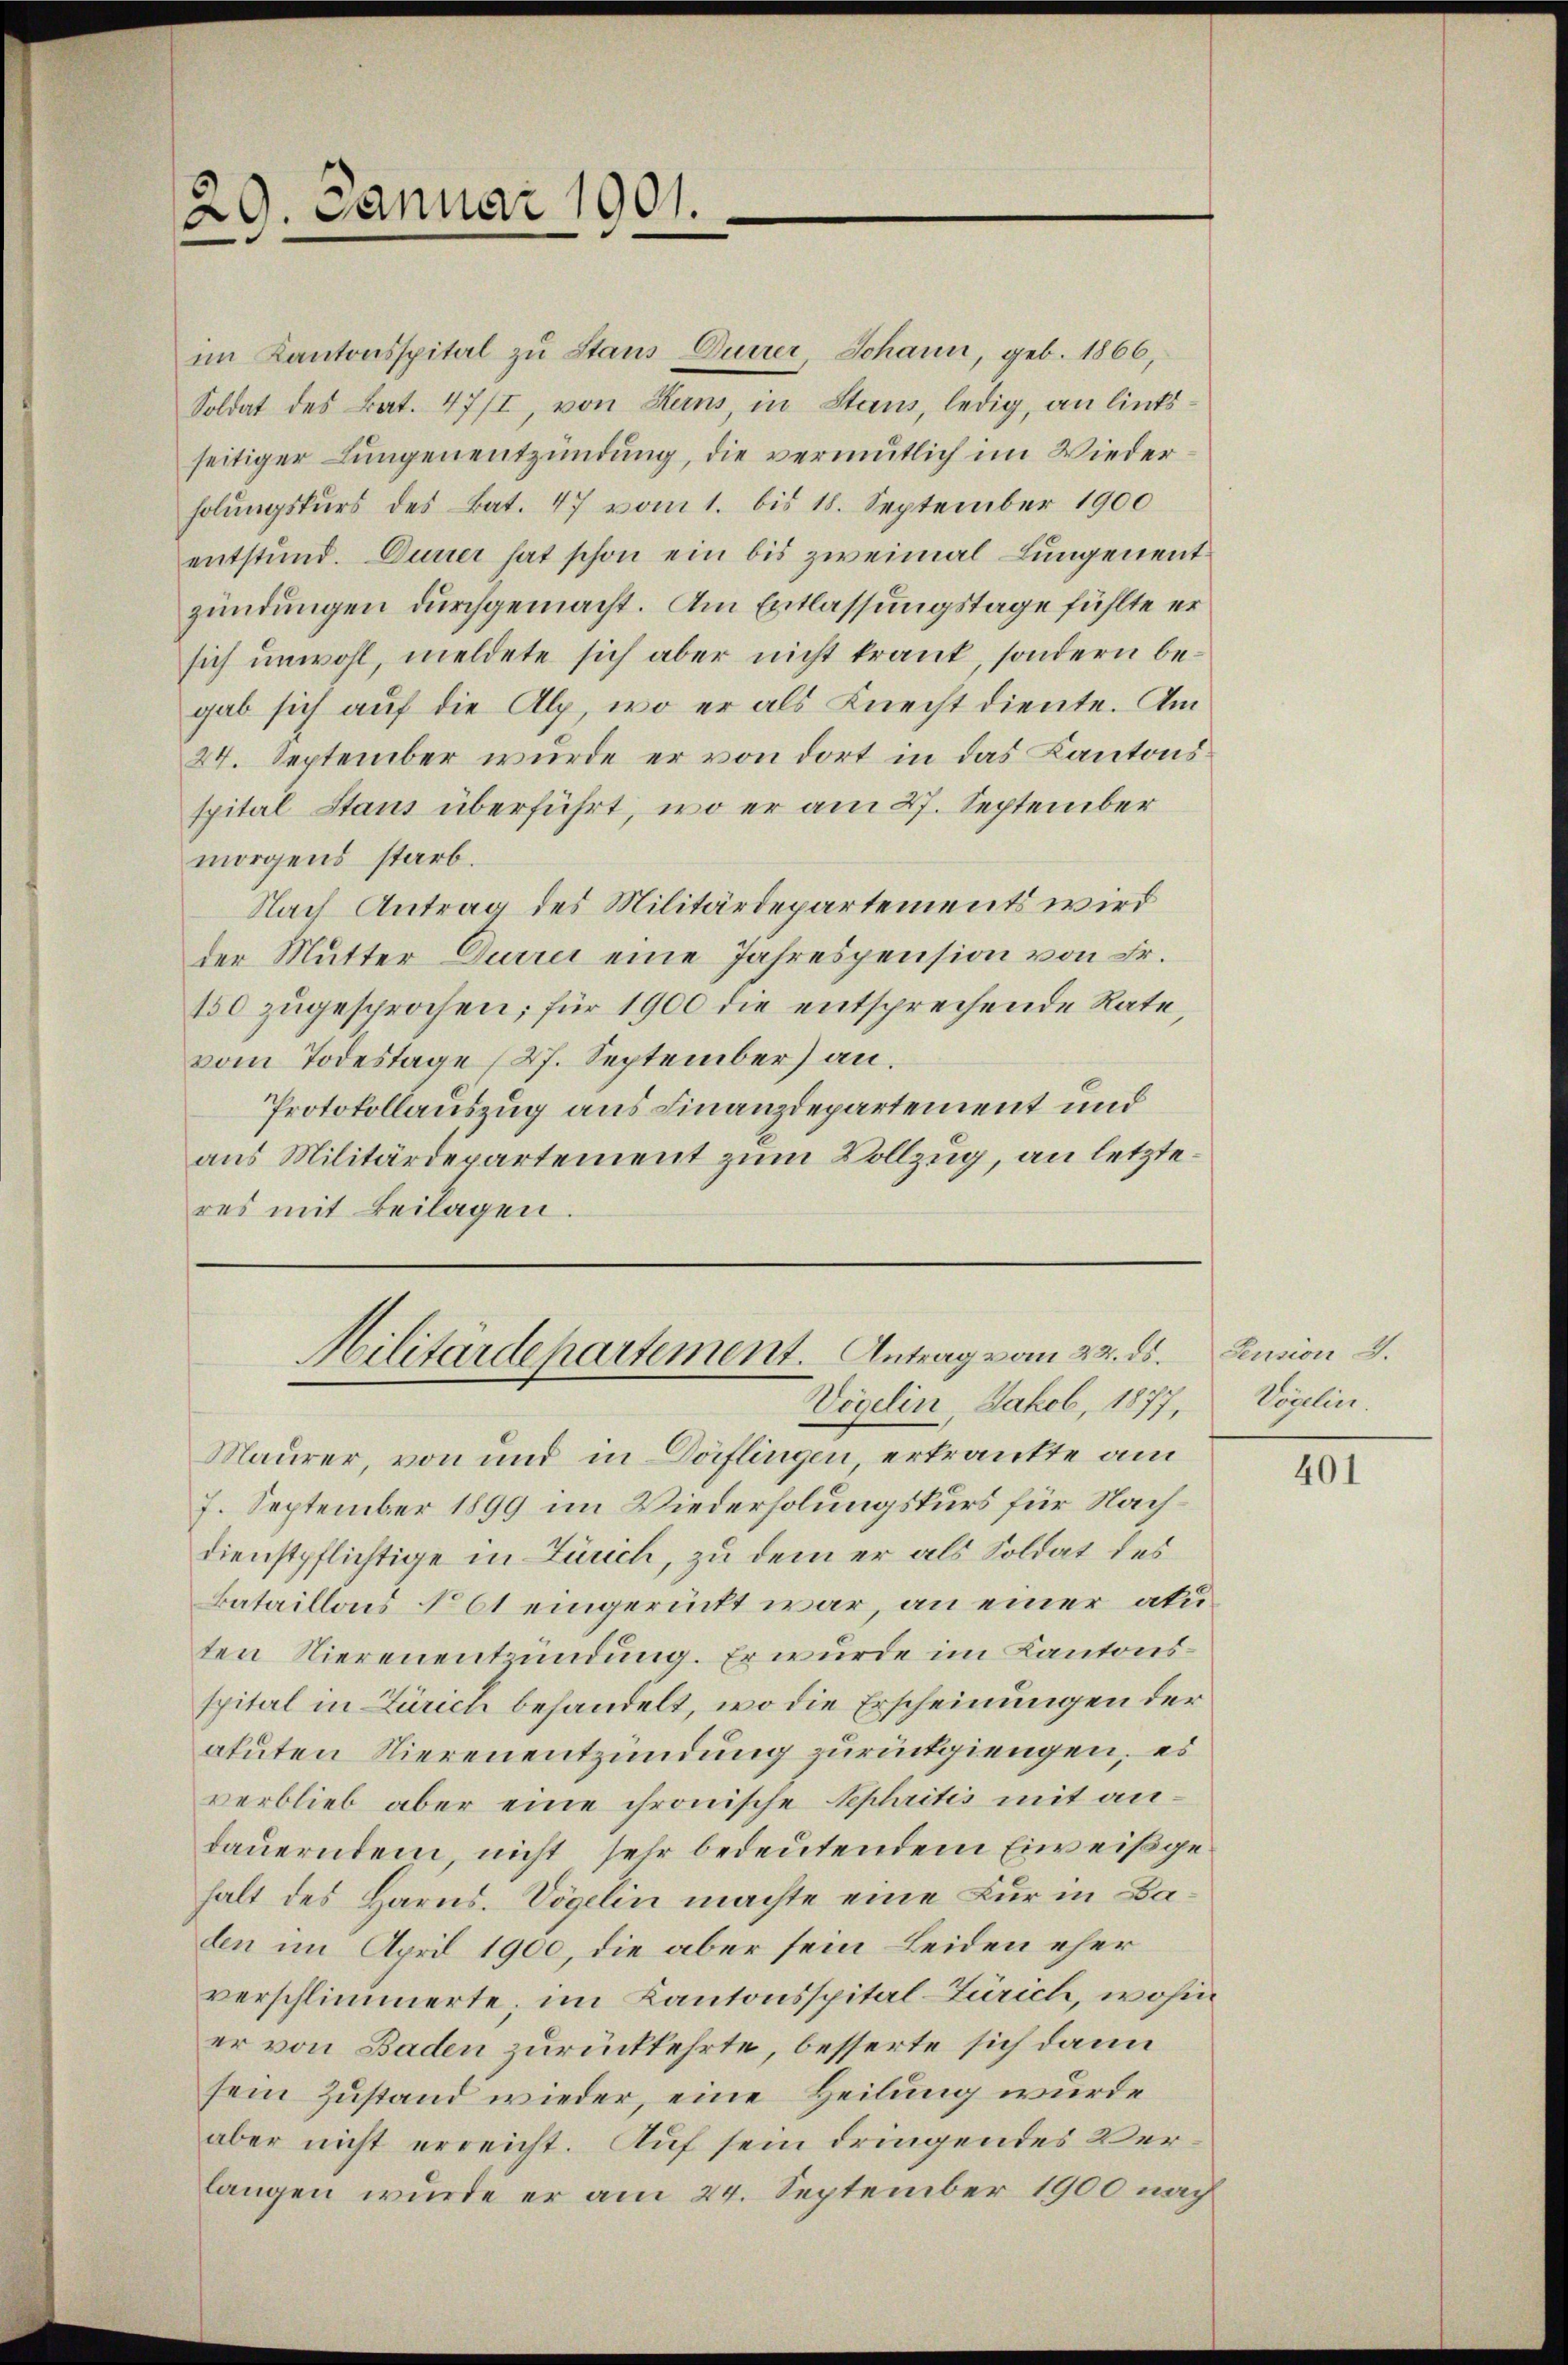
29. Januar 1901.

Militärdepartement. Antrag vom 22. ds. Pension .
Vögelin, Jakob, 1877,

im Kantonsspital zu Staus Dürrer, Johann, geb. 1866,
Soldat des Bat. 47/I, von Rans, in Stans, ledig, an linksseitiger Lungenentzündung, die vermutlich im Wiederholungskurs des Bat. 47 vom 1. bis 18. September 1900
entstand. Durrer hat schon ein bis zweimal Lungenentzündungen durchgemacht. Am Entlassungstage fühlte er
sich unwohl, meldete sich aber nicht krank, sondern begab sich auf die Alp, wo er als Knecht diente. Am
24. September wurde er von dort in das Kantonsspital Staus überführt, wo er am 27. September
morgens starb.
Nach Antrag des Militärdepartements wird
der Mutter Durrer eine Jahrespension von Fr.
150 zugesprochen; für 1900 die entsprechende Rate,
vom Todestage (27. September) an.
Protokollauszug aus Finanzdepartement und
aus Militärdepartement zum Vollzug, an letzteres mit Beilagen.

Maurer, von und in Dörflingen, erkrankte am
7. September 1899 im Wiederholungskurs für Nachdienstpflichtige in Zürich, zu dem er als Soldat des
Bataillons No 61 eingerückt war, an einer akuten Nierenentzündung. Er wurde im Kantonsspital in Zürich behandelt, wo die Erscheinungen der
atuten Nierenentzündung zurückgiengen, es
verblieb aber eine chronische Sephritis mit andauerndem, nicht sehr bedeutendem Eiweiß gehalt des Harns. Vögelin machte eine Kur in Baden im April 1900, die aber sein Leiden eher
verschlimmerte, im Kantonsspital-Zürich, wohin
er von Baden zurückkehrte, besserte sich dann
sein Zustand wieder, eine Heilung wurde
aber nicht erreicht. Auf sein dringendes Verlangen wurde er am 24. September 1900 nach

Vögelin.

401